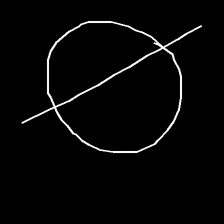
Glyph: orb